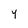
Character: 4